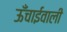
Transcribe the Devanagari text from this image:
ऊँचाईवाली